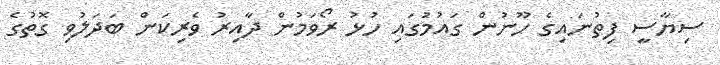
ސިޔާސީ ފިތުނައިގެ ހޫނުން ގައުމުގައި ހުޅު ރޯވަމުން ދާއިރު ވެރިކަން ބަދަލުވި ގޮތުގެ